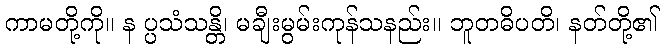
ကာမတို့ကို။ န ပ္ပသံသန္တိ၊ မချီးမွမ်းကုန်သနည်း။ ဘူတဓိပတိ၊ နတ်တို့၏